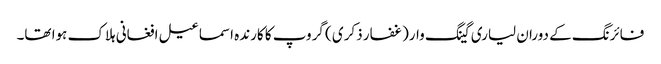
فائرنگ کے دوران لیاری گینگ وار(غفار ذکری ) گروپ کا کارندہ اسماعیل افغانی ہلاک ہوا تھا۔